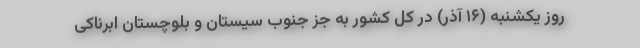
روز یکشنبه (۱۶ آذر) در کل کشور به جز جنوب سیستان و بلوچستان ابرناکی